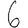
Digit: 6